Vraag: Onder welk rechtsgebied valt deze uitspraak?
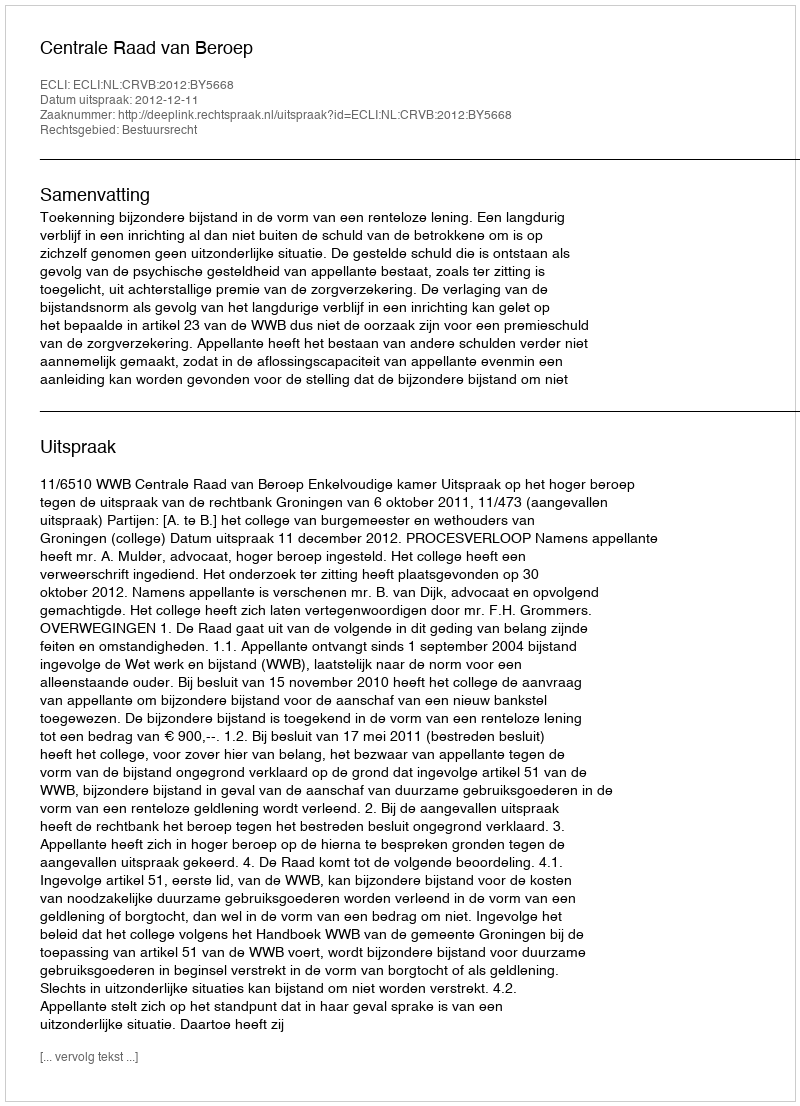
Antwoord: Bestuursrecht